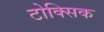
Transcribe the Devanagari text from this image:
टोक्सिक